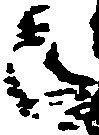
被